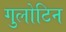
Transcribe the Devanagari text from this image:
गुलोटिन